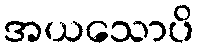
အယသောပိ